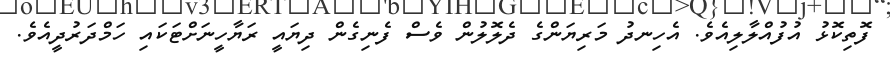
ފޮތިކޮޅު އުފުއްލާލިއެވެ. އެހިނދު މަރިޔަންގެ ދެލޮލުން ވެސް ފެނިގެން ދިޔައީ ރަޔާހީނަށްޓަކައި ހަމްދަރުދީއެވެ.